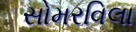
સોમરવિલા